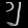
Digit: ၅